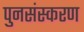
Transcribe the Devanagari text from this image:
पुनसंस्करण